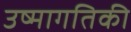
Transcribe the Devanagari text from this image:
उष्‍मागतिकी